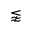
\lnapprox